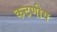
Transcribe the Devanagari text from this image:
कटणीय